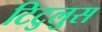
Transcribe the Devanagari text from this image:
टिटुलुस